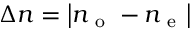
\Delta n = \left| n _ { \mathrm { ~ o ~ } } - n _ { \mathrm { ~ e ~ } } \right|